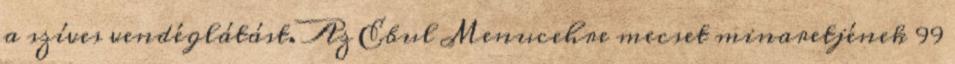
a szíves vendéglátást. Az Ebul Menucehre mecset minaretjének 99